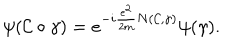
LaTeX: \psi ( { \cal C } \circ \gamma ) = e ^ { - i \frac { e ^ { 2 } } { 2 m } N ( { \cal C } , \gamma ) } \psi ( \gamma ) .